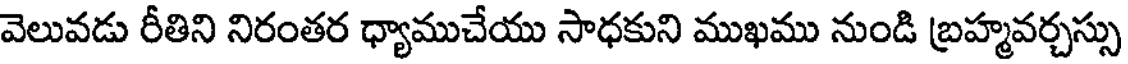
వెలువడు రీతిని నిరంతర ధ్యాముచేయు సాధకుని ముఖము నుండి బ్రహ్మవర్చస్సు